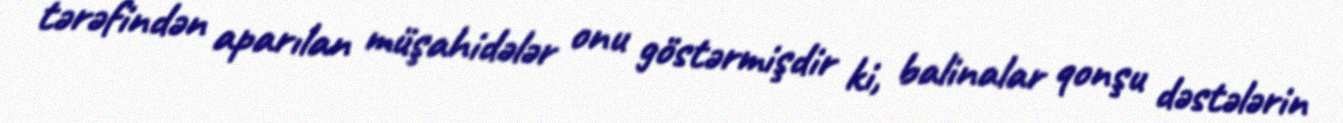
tərəfindən aparılan müşahidələr onu göstərmişdir ki, balinalar qonşu dəstələrin